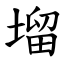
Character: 塯